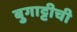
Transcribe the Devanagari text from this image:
बुगाट्टीची